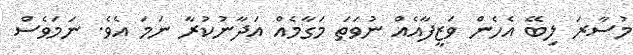
މުސާރަ ލިބޭ އެހެން ވަޒީފާއެއް ނުވަތަ މަގާމެއް އަދާނުކުރާ ނަމަ އެވެ. ނަމަވެސް